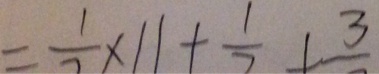
= \frac { 1 } { 7 } \times 1 1 + \frac { 1 } { 7 } + 3